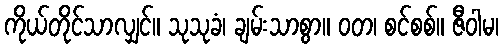
ကိုယ်တိုင်သာလျှင်။ သုသုခံ၊ ချမ်းသာစွာ။ ဝတ၊ စင်စစ်။ ဇီဝါမ၊